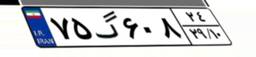
۷۵گ۶۰۸۲۴